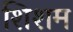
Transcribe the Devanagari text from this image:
शिशम